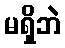
မရှိဘဲ